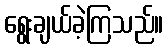
ရွေးချယ်ခဲ့ကြသည်။